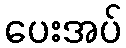
ပေးအပ်